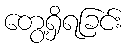
တွေ့ရှိရခြင်း